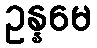
ဥန္နမေ